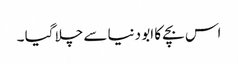
اس بچے کا ابو دنیا سے چلا گیا ۔